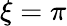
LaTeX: \xi=\pi